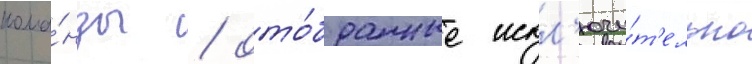
кома́нды / ото́бранные искл'ючи́т'ельно